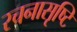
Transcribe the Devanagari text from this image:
रचनासृष्टि